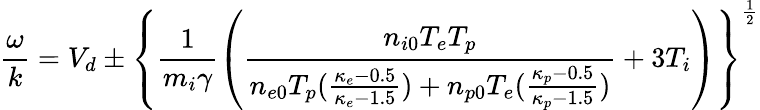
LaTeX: \frac{\omega}{k}=V_{d}\pm\left\{ \frac{1}{m_{i}\gamma}\left(\frac{n_{i0}T_{e}T_{p}}{n_{e0}T_{p}(\frac{\kappa_{e}-0.5}{\kappa_{e}-1.5})+n_{p0}T_{e}(\frac{\kappa_{p}-0.5}{\kappa_{p}-1.5})}+3T_{i}\right)\right\} ^{\frac{1}{2}}